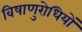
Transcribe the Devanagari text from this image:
विषाणुरोधियों